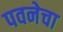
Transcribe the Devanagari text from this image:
पवनेचा